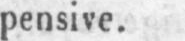
pensive.